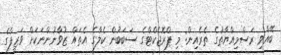
ބޭއްވި ރަސްމިއްޔާތުގެ ތެރެއިން: މި ޕްރޮޖެކްޓްގެ ސަބަބުން ކެލާގެ އެތައް ޒުވާނުންނަކަށް ވަޒީފާގެ